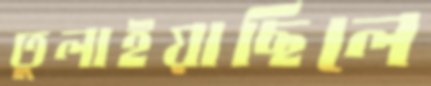
তুলাইয়াছিলে